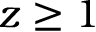
z \geq 1